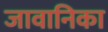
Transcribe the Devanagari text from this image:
जावानिका